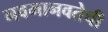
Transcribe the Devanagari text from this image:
नवमानवतेची